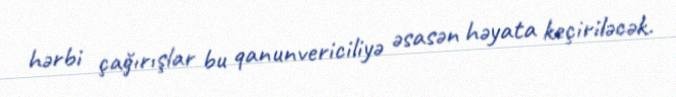
hərbi çağırışlar bu qanunvericiliyə əsasən həyata keçiriləcək.